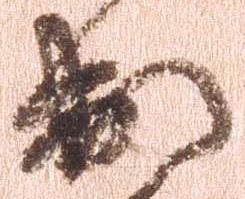
出